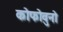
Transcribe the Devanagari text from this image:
कोफोवुनो